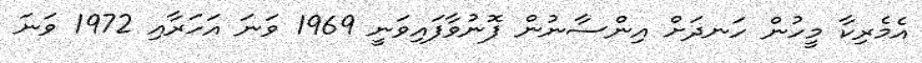
އެމެރިކާ މީހުން ހަނދަށް އިންސާނުން ފޮނުވާފައިވަނީ 1969 ވަނަ އަހަރާއި 1972 ވަނަ